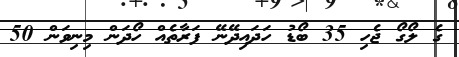
ގެ ލޯގޯ ޖެހި 35 ބޯޑު ހަދައިދޭނޭ ފަރާތެއް ހޯދަން މިނިވަން 50